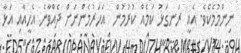
ނިންމުމެކެވެ. އެއީ ރަނގަޅު ކަމެއް ކުރުމުން  އަހަރުމެންނަށް ދެއްވާނެ އެހީއާއި އަޅާ